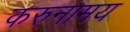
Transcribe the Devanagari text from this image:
करुनामय